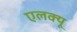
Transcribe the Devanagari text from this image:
एलक्यू